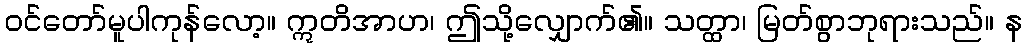
ဝင်တော်မူပါကုန်လော့။ ဣတိအာဟ၊ ဤသို့လျှောက်၏။ သတ္ထာ၊ မြတ်စွာဘုရားသည်။ န